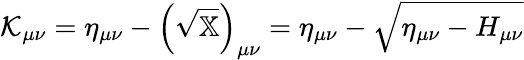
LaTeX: \displaystyle{\mathcal{K}}_{\mu\nu}=\eta_{\mu\nu}-\left({\sqrt{\mathbb{X}}}\right)_{\mu\nu}=\eta_{\mu\nu}-{\sqrt{\eta_{\mu\nu}-H_{\mu\nu}}}